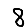
Digit: 8